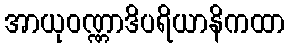
အာယုဝဏ္ဏာဒိပရိယာနိကထာ